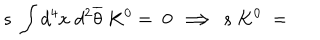
LaTeX: s \; \int d ^ { 4 } x \; d ^ { 2 } \overline { { { \theta } } } \; K ^ { 0 } = \; 0 \; \Longrightarrow \; s \; K ^ { 0 } \; = \;